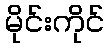
မိုင်းကိုင်